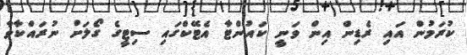
ކުރަމުން އައި ރެޑިން އިން ވަނީ ކައުންޓާ އެޓޭކްގައި ސިޓީގެ ގޯލަށް ނުރައްކާވާ